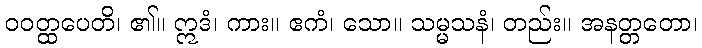
ဝဝတ္ထပေတိ၊ ၏။ ဣဒံ၊ ကား။ ဧကံ၊ သော။ သမ္မသနံ၊ တည်း။ အနတ္တတော၊